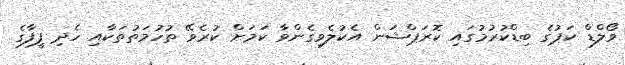
ވޯލްޑް ކަޕުގެ ބިޑްކުރުމުގައި ކޮރަޕްޝަން އެކުލެވިގެންވާ ކަމަށް ކުރެވޭ ތުހުމަތުތަކާއި ހެދި ފީފާގެ